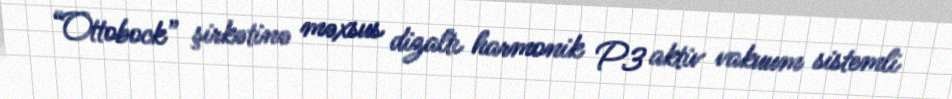
“Ottobock” şirkətinə məxsus dizaltı harmonik P3 aktiv vakuum sistemli